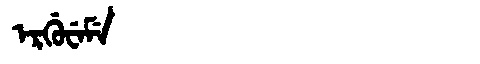
Manchu: ᡝᡵᡤᡠᠸᡝᠮᡝ
Romanization: ERGUWEME